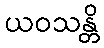
ယဝသန္တိ